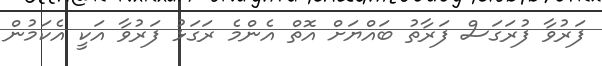
ފަރުވާ ފުރަގަސް ފަރާތު ބައްޔަށް އޮތް އެންމެ ރަގަޅު ފަރުވާ އަކީ އެކަމުން